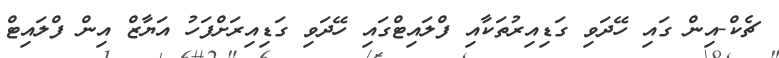
ޗެކް-އިން ގައި ހޭދަވި ގަޑިއިރުތަކާއި ފްލައިޓްގައި ހޭދަވި ގަޑިއިރަށްފަހު އަޔާޒް އިން ފްލައިޓް